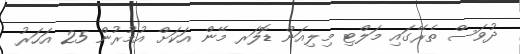
ދުވަސް ތެރޭގައި މަލްޓި މިލިއަން ޑޮލަރ މޭން އަކަށް އުމުރުން 25 އަހަރު